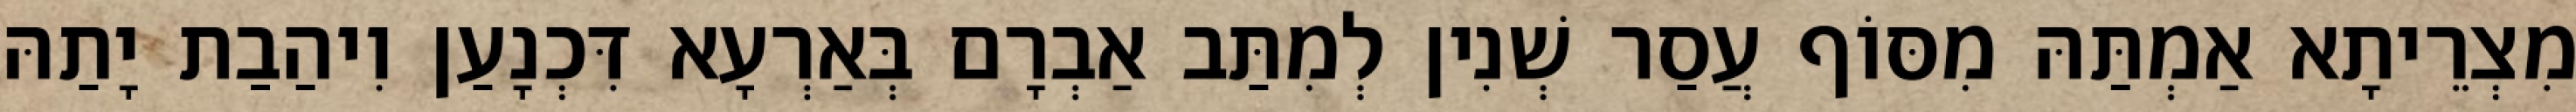
מִצְרֵיתָא אַמְתַּהּ מִסּוֹף עֲסַר שְׁנִין לְמִתַּב אַבְרָם בְּאַרְעָא דִּכְנָעַן וִיהַבַת יָתַהּ